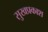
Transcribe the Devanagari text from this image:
सुखप्रकाश